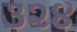
૩૨૪